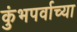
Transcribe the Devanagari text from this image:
कुंभपर्वाच्या